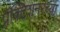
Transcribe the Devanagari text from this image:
प्रॅक्टिशनरच्या